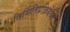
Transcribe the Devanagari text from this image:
निर्मितिप्रक्रियेच्या